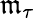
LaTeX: \mathfrak{m}_{\tau}